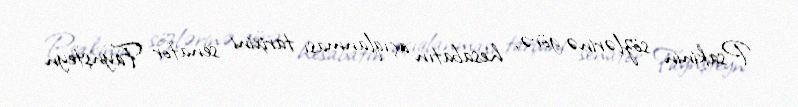
Psakinin sözlərinə görə, hesabatın açıqlanması tarixini senator Faynşteyn